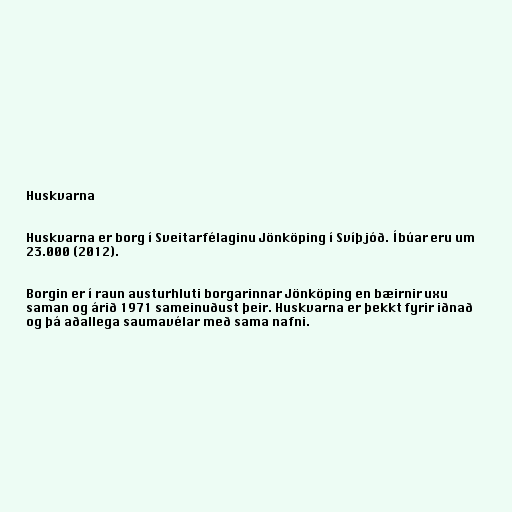
Huskvarna

Huskvarna er borg í Sveitarfélaginu Jönköping í Svíþjóð. Íbúar eru um
23.000 (2012).

Borgin er í raun austurhluti borgarinnar Jönköping en bæirnir uxu
saman og árið 1971 sameinuðust þeir. Huskvarna er þekkt fyrir iðnað
og þá aðallega saumavélar með sama nafni.